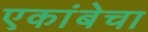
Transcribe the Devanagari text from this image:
एकांबेचा